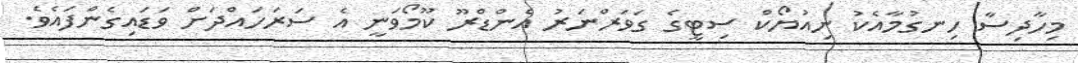
މިހާދިސާ ހިނގުމާއެކު ނިއުޔޯކް ސިޓީގެ ގަވަރްނަރު އެންޑްރޫ ކޫމޯވަނީ އެ ސަރަހައްދަށް ވަޑައިގެންފައެވެ.